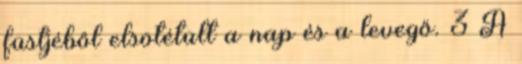
füstjéből elsötétült a nap és a levegő. 3 A